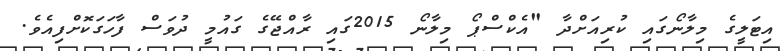
އިޓަލީގެ މިލާނޯގައި ކުރިއަށްދާ "އެކްސްޕޯ މިލާނޯ 2015ގައި ރާއްޖޭގެ ގައުމީ ދުވަސް ފާހަގަކޮށްފިއެވެ.